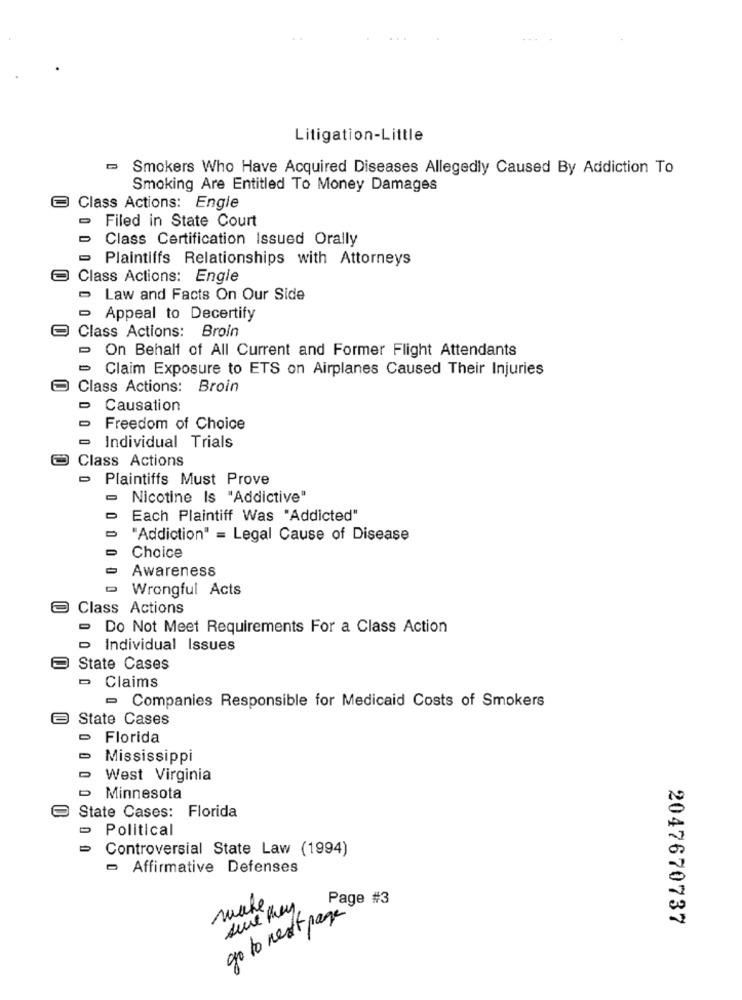
Litigation-Little
Smokers Who Have Acquired Diseases Allegedly Caused By Addiction To
Smoking Are Entitled To Money Damages
Class Actions: Engle
Filed in State Court
Class Certification Issued Orally
Plaintiffs Relationships with Attorneys
Class Actions: Engle
- Law and Facts On Our Side
- Appeal to Decertify
Class Actions: Broin
On Behalf of All Current and Former Flight Attendants
Claim Exposure to ETS on Airplanes Caused Their Injuries
Class Actions: Broin
Causation
Freedom of Choice
Individual Trials
Class Actions
Plaintiffs Must Prove
Nicotine Is "Addictive"
Each Plaintiff Was "Addicted"
"Addiction" = Legal Cause of Disease
Choice
Awareness
Wrongful Acts
Class Actions
Do Not Meet Requirements For a Class Action
- Individual Issues
State Cases
- Claims
- Companies Responsible for Medicaid Costs of Smokers
State Cases
Florida
Mississippi
West Virginia
Minnesota
State Cases: Florida
- Political
Controversial State Law (1994)
- Affirmative Defenses
make.
Page #3
go to next page
2047670737